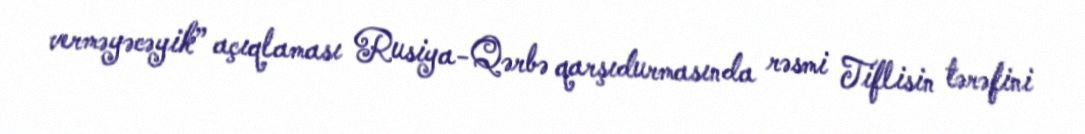
verməyəcəyik” açıqlaması Rusiya-Qərbə qarşıdurmasında rəsmi Tiflisin tərəfini